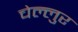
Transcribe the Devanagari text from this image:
चेल्लुर